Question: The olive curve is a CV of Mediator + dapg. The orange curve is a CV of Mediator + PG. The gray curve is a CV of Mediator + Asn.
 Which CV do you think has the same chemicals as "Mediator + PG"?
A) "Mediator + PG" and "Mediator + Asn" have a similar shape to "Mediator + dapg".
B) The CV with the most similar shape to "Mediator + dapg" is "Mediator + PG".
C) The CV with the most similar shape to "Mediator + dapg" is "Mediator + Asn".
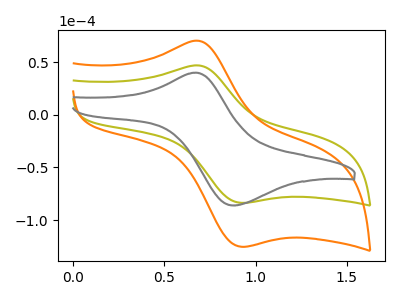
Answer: <think>The olive curve "Mediator + dapg" has an anodic peak at (0.70V, 46.70uA) and a cathodic peak at (0.90V, -83.55uA). The orange curve "Mediator + PG" has an anodic peak at (0.70V, 70.00uA) and a cathodic peak at (0.90V, -125.25uA). The gray curve "Mediator + Asn" has an anodic peak at (0.70V, 40.10uA) and a cathodic peak at (0.85V, -86.00uA).
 All the peaks in "Mediator + dapg" have a peak in "Mediator + PG" at the same potential. Every peak in "Mediator + dapg" is lower than every peak in "Mediator + PG". All the peaks in "Mediator + dapg" have a peak in "Mediator + Asn" at the same potential. All the peaks in "Mediator + PG" have a peak in "Mediator + Asn" at the same potential. Every peak in "Mediator + PG" is higher than every peak in "Mediator + Asn".</think>
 <answer>A) "Mediator + PG" and "Mediator + Asn" have a similar shape to "Mediator + dapg".</answer>
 <eval>A</eval>